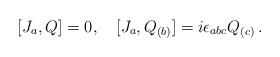
\begin{align*}[J_a, Q]=0,\ \ \ [J_a, Q_{(b)}]=i\epsilon_{abc}Q_{(c)}\,.\end{align*}